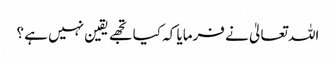
اللہ تعالیٰ نے فرمایا کہ کیا تجھے یقین نہیں ہے ؟